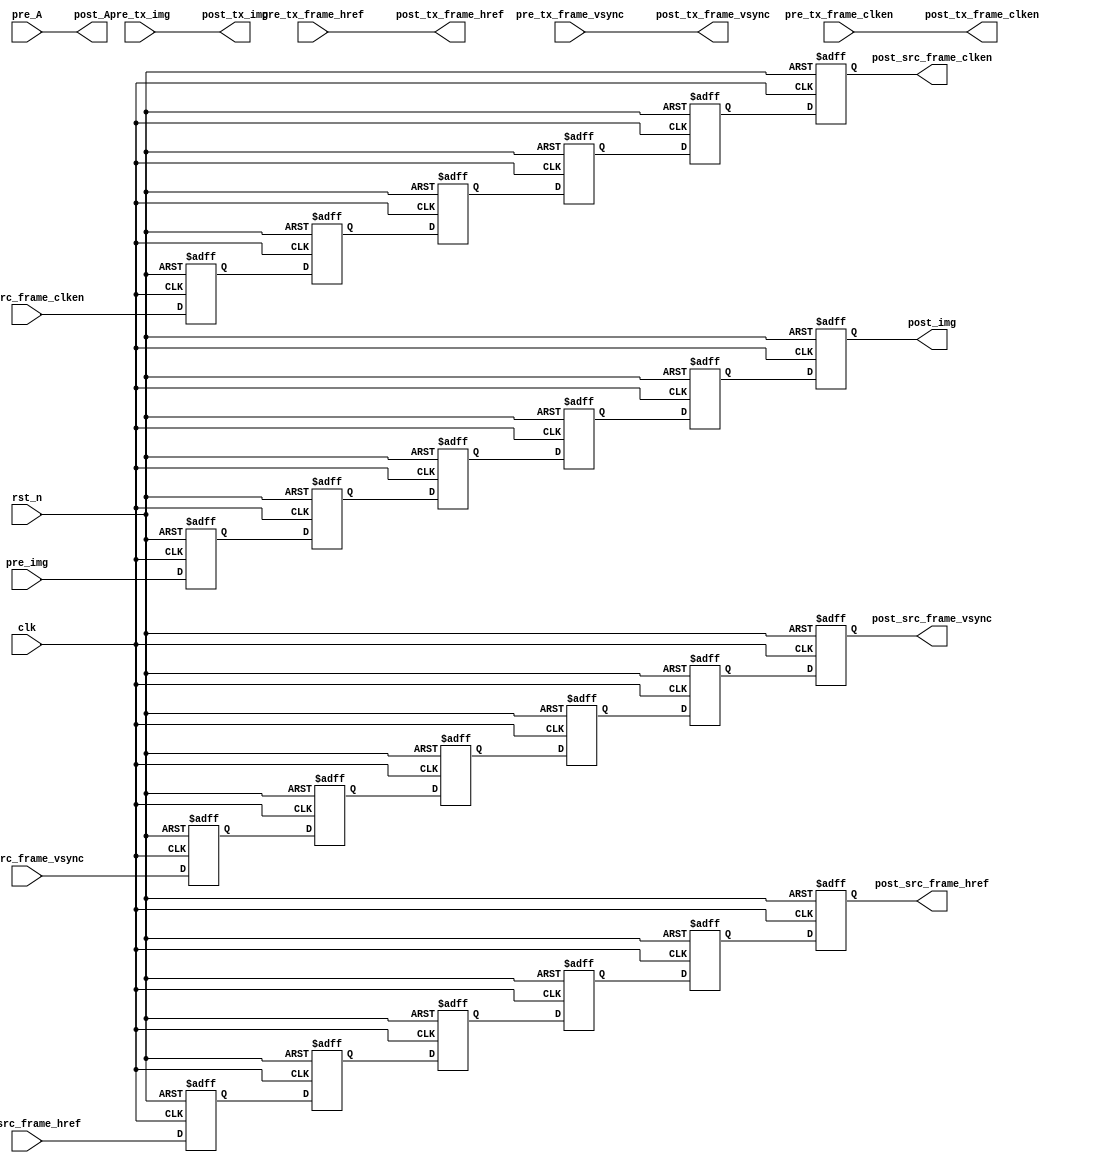
module time_alignment(
        input               clk                     ,
        input               rst_n                   ,  

        input               pre_src_frame_vsync     , 
        input               pre_src_frame_href      ,  
        input               pre_src_frame_clken     , 
        input   [23 : 0]    pre_img                 ,

        input               pre_tx_frame_vsync      ,
        input               pre_tx_frame_href       ,
        input               pre_tx_frame_clken      ,
        input   [7  : 0]    pre_tx_img              ,

        input   [7  : 0]    pre_A                   ,

        output              post_src_frame_vsync    , 
        output              post_src_frame_href     ,  
        output              post_src_frame_clken    , 
        output  [23 : 0]    post_img                ,

        output              post_tx_frame_vsync     ,
        output              post_tx_frame_href      ,
        output              post_tx_frame_clken     ,
        output  [7  : 0]    post_tx_img             ,

        output  [7  : 0]    post_A                   
);
integer i;

parameter src_delay = 6;

reg                         pre_src_frame_vsync_d[src_delay - 1 : 0]    ;
reg                         pre_src_frame_href_d[src_delay - 1 : 0]     ;
reg                         pre_src_frame_clken_d[src_delay - 1 : 0]    ;
reg     [23 : 0]            pre_img_d[src_delay - 1 : 0]                ;

//src_delay
always@(posedge clk or negedge rst_n)begin
    if(!rst_n)begin
        for(i = 0; i< src_delay; i = i + 1)begin
            pre_src_frame_vsync_d   [ i ]   <=    0;
            pre_src_frame_href_d    [ i ]   <=    0;
            pre_src_frame_clken_d   [ i ]   <=    0;
            pre_img_d               [ i ]   <=    0;
        end
    end
    else begin
        pre_src_frame_vsync_d   [ 0 ]          <=    pre_src_frame_vsync               ;
        pre_src_frame_href_d    [ 0 ]          <=    pre_src_frame_href                ;
        pre_src_frame_clken_d   [ 0 ]          <=    pre_src_frame_clken               ;
        pre_img_d               [ 0 ]          <=    pre_img                           ;
        for(i = 1; i< src_delay; i = i + 1)begin
            pre_src_frame_vsync_d   [ i ]      <=    pre_src_frame_vsync_d  [ i - 1 ]  ;
            pre_src_frame_href_d    [ i ]      <=    pre_src_frame_href_d   [ i - 1 ]  ;
            pre_src_frame_clken_d   [ i ]      <=    pre_src_frame_clken_d  [ i - 1 ]  ;
            pre_img_d               [ i ]      <=    pre_img_d              [ i - 1 ]  ;
        end
    end
end

assign      post_src_frame_vsync    =   pre_src_frame_vsync_d   [ src_delay - 1 ]   ;
assign      post_src_frame_href     =   pre_src_frame_href_d    [ src_delay - 1 ]   ; 
assign      post_src_frame_clken    =   pre_src_frame_clken_d   [ src_delay - 1 ]   ;
assign      post_img                =   pre_img_d               [ src_delay - 1 ]   ;            



assign      post_tx_frame_vsync     =   pre_tx_frame_vsync      ;
assign      post_tx_frame_href      =   pre_tx_frame_href       ;
assign      post_tx_frame_clken     =   pre_tx_frame_clken      ;
assign      post_tx_img             =   pre_tx_img              ;

assign      post_A                  =   pre_A;


endmodule